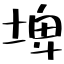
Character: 埤